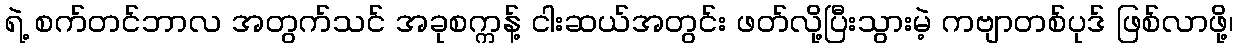
ရဲ့ စက်တင်ဘာလ အတွက်သင် အခုစက္ကန့် ငါးဆယ်အတွင်း ဖတ်လို့ပြီးသွားမဲ့ ကဗျာတစ်ပုဒ် ဖြစ်လာဖို့၊